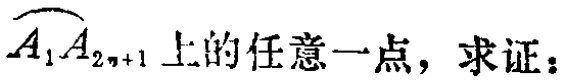
$\overset{\frown}{A_{1}A_{2n + 1}}$上的任意一点，求证：